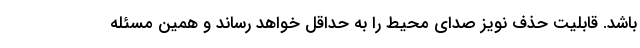
باشد. قابلیت حذف نویز صدای محیط را به حداقل خواهد رساند و همین مسئله